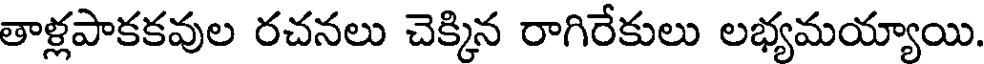
తాళ్లపాకకవుల రచనలు చెక్కిన రాగిరేకులు లభ్యమయ్యాయి.